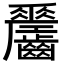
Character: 𪙼